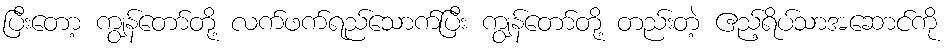
ပြီးတော့ ကျွန်တော်တို့ လက်ဖက်ရည်သောက်ပြီး ကျွန်တော်တို့ တည်းတဲ့ ဧည့်ရိပ်သာအဆောင်ကို